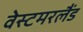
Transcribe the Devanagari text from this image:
वेस्टमरलैंड